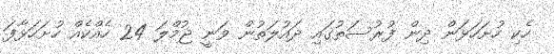
ހެކި ހުށަހަޅަން ދިން ފުރުސަތުގައި ދައުލަތުން ވަނީ ޖުމްލަ 24 ހެއްކެއް ހުށަހަޅާފަ